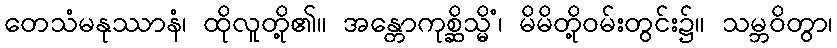
တေသံမနုဿာနံ၊ ထိုလူတို့၏။ အန္တောကုစ္ဆိသ္မိံ၊ မိမိတို့ဝမ်းတွင်း၌။ သမ္ဘဝိတွာ၊